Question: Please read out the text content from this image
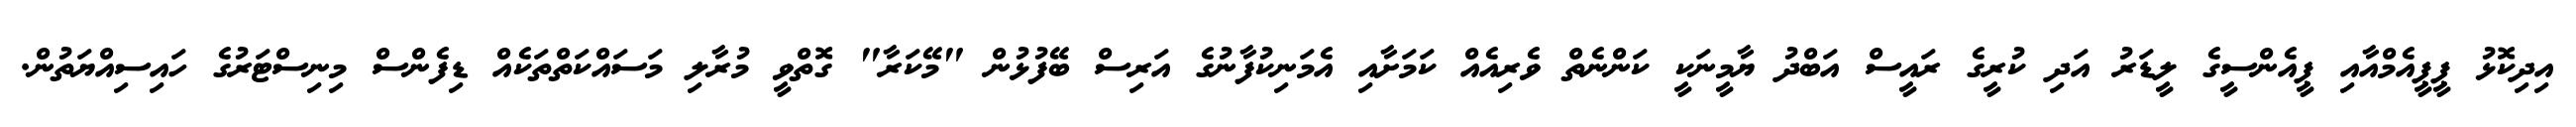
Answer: އިދިކޮޅު ޕީޕީއެމްއާއި ޕީއެންސީގެ ލީޑަރު އަދި ކުރީގެ ރައީސް އަބްދު ޔާމީނަކީ ކަންނެތް ވެރިއެއް ކަމަށާއި އެމަނިކުފާނުގެ އަރިސް ބޭފުޅުން "މޭކަރާ" ގޮތްވީ މުރާލި މަސައްކަތްތަކެއް ޑިފެންސް މިނިސްޓަރުގެ ހައިސިއްޔަތުން.